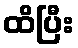
ထိပြီး